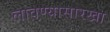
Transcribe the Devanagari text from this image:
लावण्यासारखा